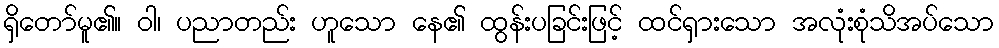
ရှိတော်မူ၏။ ဝါ၊ ပညာတည်း ဟူသော နေ၏ ထွန်းပခြင်းဖြင့် ထင်ရှားသော အလုံးစုံသိအပ်သော